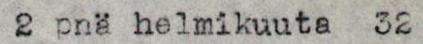
2 pnä helmikuuta  32